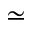
\simeq